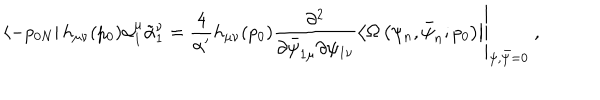
\left\langle - p _ { 0 N } \right| h _ { \mu \nu } ( p _ { 0 } ) \alpha _ { 1 } ^ { \mu } \tilde { \alpha } _ { 1 } ^ { \nu } = \left. \frac { 4 } { \alpha ^ { \prime } } h _ { \mu \nu } ( p _ { 0 } ) \frac { \partial ^ { 2 } } { \partial \bar { \psi } _ { 1 \mu } \partial \psi _ { 1 \nu } } \left\langle \Omega \left( \psi _ { n } , \bar { \psi } _ { n } ; p _ { 0 } \right) \right| \right| _ { \psi , \bar { \psi } = 0 } ~ ,